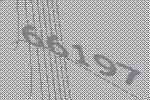
66197